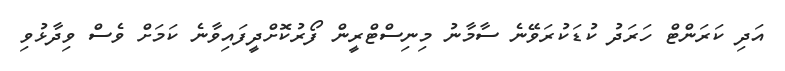
އަދި ކަރަންޓް ހަރަދު ކުޑަކުރަވޭނެ ސާމާނު މިނިސްޓްރީން ފޯރުކޮށްދީފައިވާނެ ކަމަށް ވެސް ވިދާޅުވި